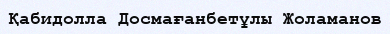
Қабидолла Досмағанбетұлы Жоламанов